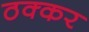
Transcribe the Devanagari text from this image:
ठक्‍कर